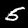
Label: 5